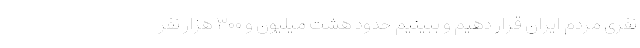
نفری مردم ایران قرار دهیم و ببینیم حدود هشت میلیون و ۳۰۰ هزار نفر